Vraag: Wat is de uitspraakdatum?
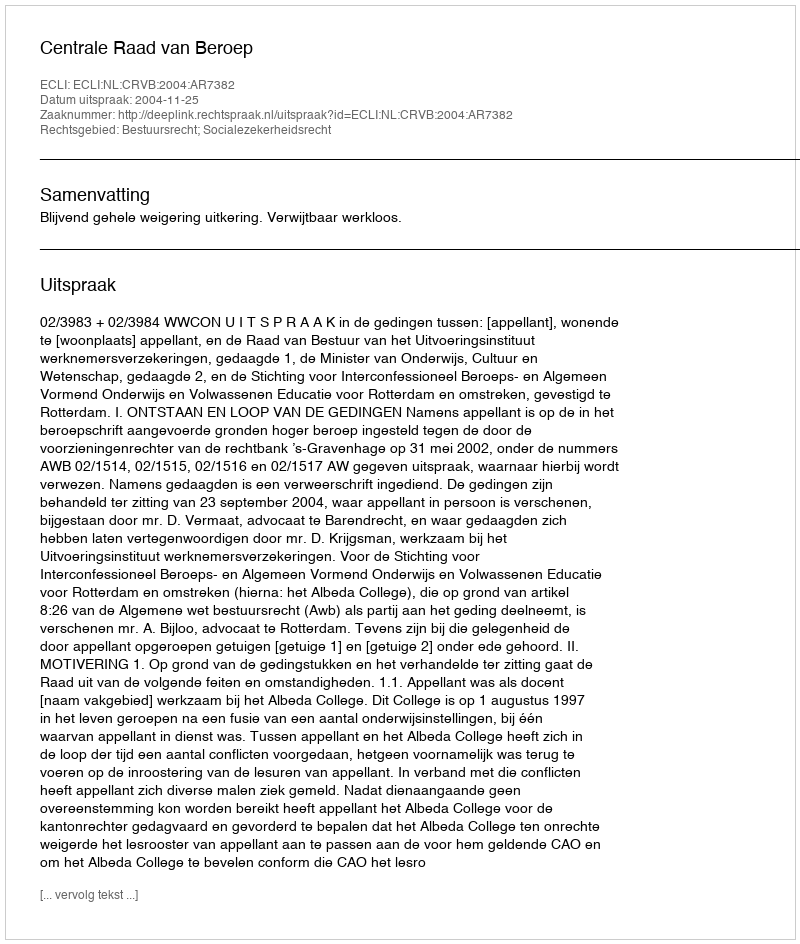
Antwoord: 2004-11-25